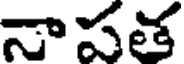
నాపత